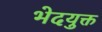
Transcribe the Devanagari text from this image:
भेदयुक्त